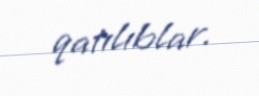
qatılıblar.